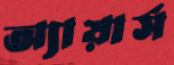
অ্যায়ার্স